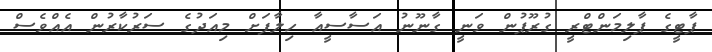
ޕާޓީގެ ޕާލިމަންޓްރީ ގުރޫޕުން ވަނީ ގާނޫނު އަސާސީއާ ހިލާފަށް މިއަދުގެ ސަރުކާރުން އެއްވެސް